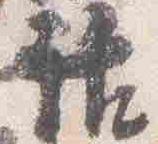
話